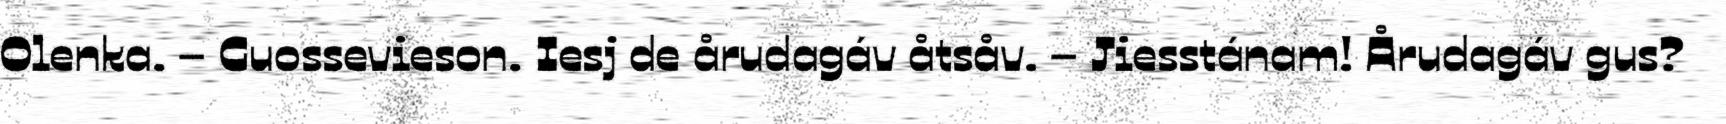
Olenka. – Guossevieson. Iesj de årudagáv åtsåv. – Jiesstánam! Årudagáv gus?